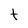
Character: t